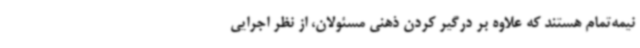
نیمه‌تمام هستند که علاوه بر درگیر کردن ذهنی مسئولان، از نظر اجرایی